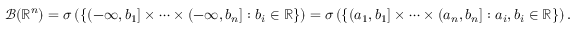
{ \mathcal { B } } ( \mathbb { R } ^ { n } ) = \sigma \left( \left\{ ( - \infty , b _ { 1 } ] \times \cdots \times ( - \infty , b _ { n } ] : b _ { i } \in \mathbb { R } \right\} \right) = \sigma \left( \left\{ \left( a _ { 1 } , b _ { 1 } \right] \times \cdots \times \left( a _ { n } , b _ { n } \right] : a _ { i } , b _ { i } \in \mathbb { R } \right\} \right) .